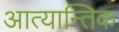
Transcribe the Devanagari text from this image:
आत्यान्तिक